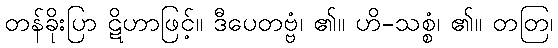
တန်ခိုးပြာ ဋိဟာဖြင့်။ ဒီပေတဗ္ဗံ၊ ၏။ ဟိ-သစ္စံ၊ ၏။ တတြ၊